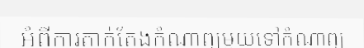
អំពីការតាក់តែងកំណាព្យមួយទៅកំណាព្យ